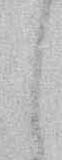
し